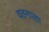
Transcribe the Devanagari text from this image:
वतनाला